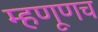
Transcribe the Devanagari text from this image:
म्हणूणच